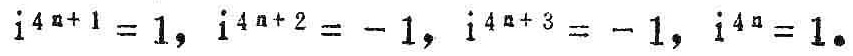
\(i^{4n + 1} = 1, i^{4n + 2} = - 1, i^{4n + 3} = - i, i^{4n} = 1.\)